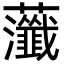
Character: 虃